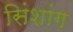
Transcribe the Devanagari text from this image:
सिंशांग